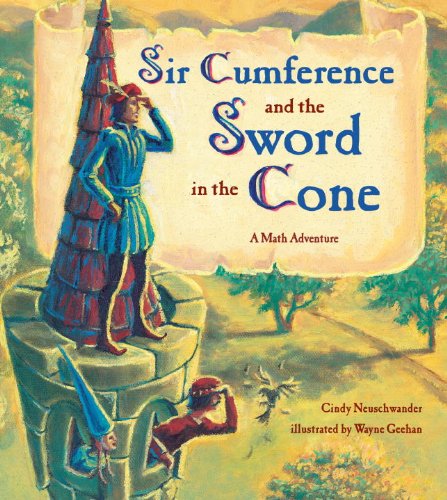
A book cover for Sir Cumference and the Sword in the Cone; Cindy Neuschwander; Children's Books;